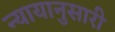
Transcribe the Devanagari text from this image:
न्यायानुसारी